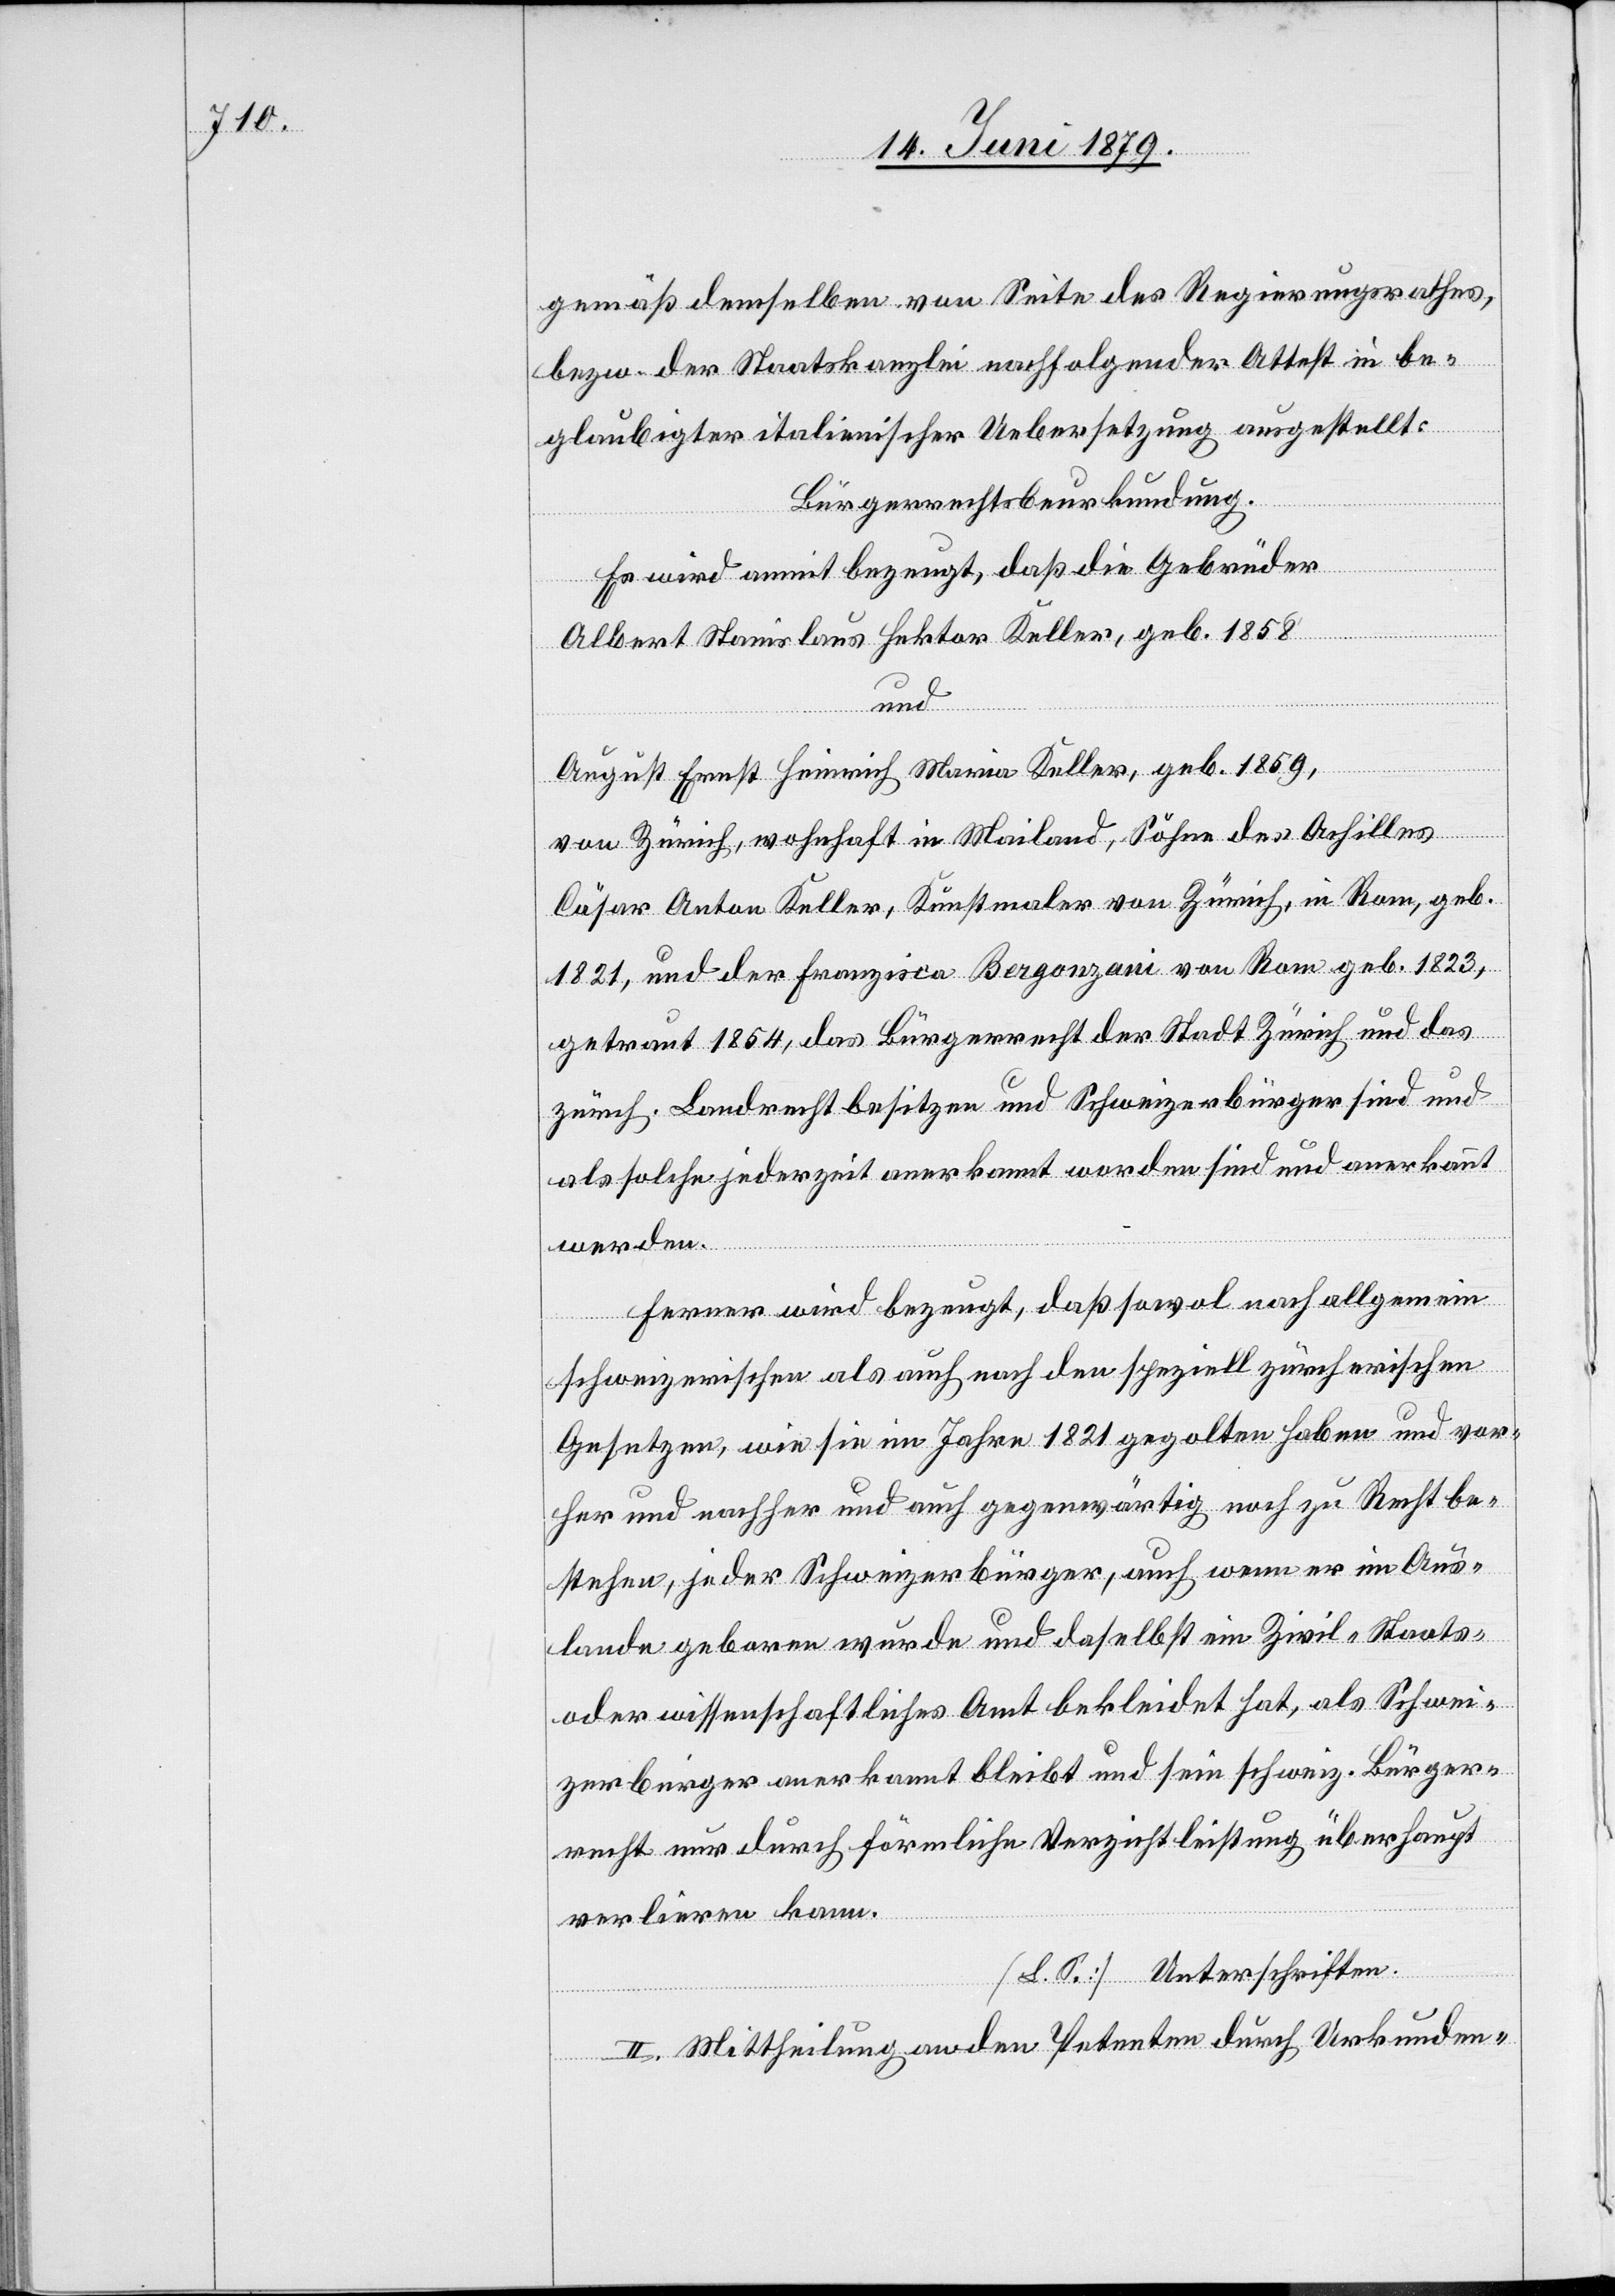
gemäß demselben von Seite des Regierungsrathes,
bezw. der Staatskanzlei nachfolgender Attest in be¬
glaubigter italienischer Uebersetzung ausgestellt:
Bürgerrechtsbeurkundung.
Es wird anmit bezeugt, daß die Gebrüder
Albert Stanislaus Hektor Keller, geb. 1858
und
August Ernst Heinrich Maria Keller, geb. 1859,
von Zürich, wohnhaft in Mailand, Söhne des Achilles
Cäsar Anton Keller, Kunstmaler von Zürich, in Rom, geb.
1821, und der Franzisca Bergonzani von Rom geb. 1823,
getraut 1854, das Bürgerrecht der Stadt Zürich und das
zürch. Landrecht besitzen und Schweizerbürger sind und
als solche jederzeit anerkannt worden sind und anerkannt
werden.
Ferner wird bezeugt, daß sowol nach allgemein
schweizerischen als auch nach den speziell zürcherischen
Gesetzen, wie sie im Jahre 1821 gegolten haben und vor¬
her und nachher und auch gegenwärtig noch zu Recht be¬
stehen, jeder Schweizerbürger, auch wenn er im Aus¬
lande geboren wurde und daselbst ein Zivil- Staats-
oder wissenschaftliches Amt bekleidet hat, als Schwei¬
zerbürger anerkannt bleibt und sein schweiz. Bürger¬
recht nur durch förmliche Verzichtleistung überhaupt
verlieren kann.
[L. S.] Unterschriften.
II. Mittheilung an den Petenten durch Urkunden-